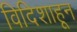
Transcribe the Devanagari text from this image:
विदिशाहून